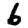
Digit: 6